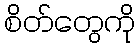
စိတ်တွေကို